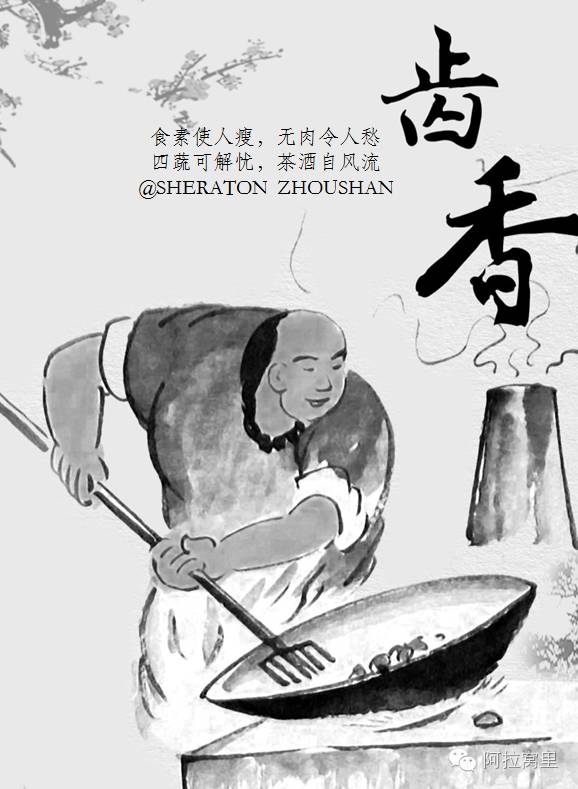
世事浮云何足问，不如高卧且加餐。